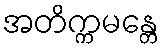
အတိက္ကမန္တေ